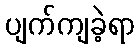
ပျက်ကျခဲ့ရာ